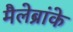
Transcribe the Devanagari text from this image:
मैलेब्रांके